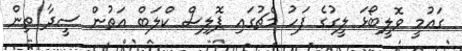
ގައުމީ ވޮލީބޯޅަ ލީގުގެ ފަހު މެޗުގައި ޕޮލިސް ކްލަބް އަތުން ސީދާ ތިން